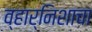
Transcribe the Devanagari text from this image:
व्हार्निशाचा